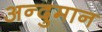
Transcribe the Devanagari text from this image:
अन्दुमान